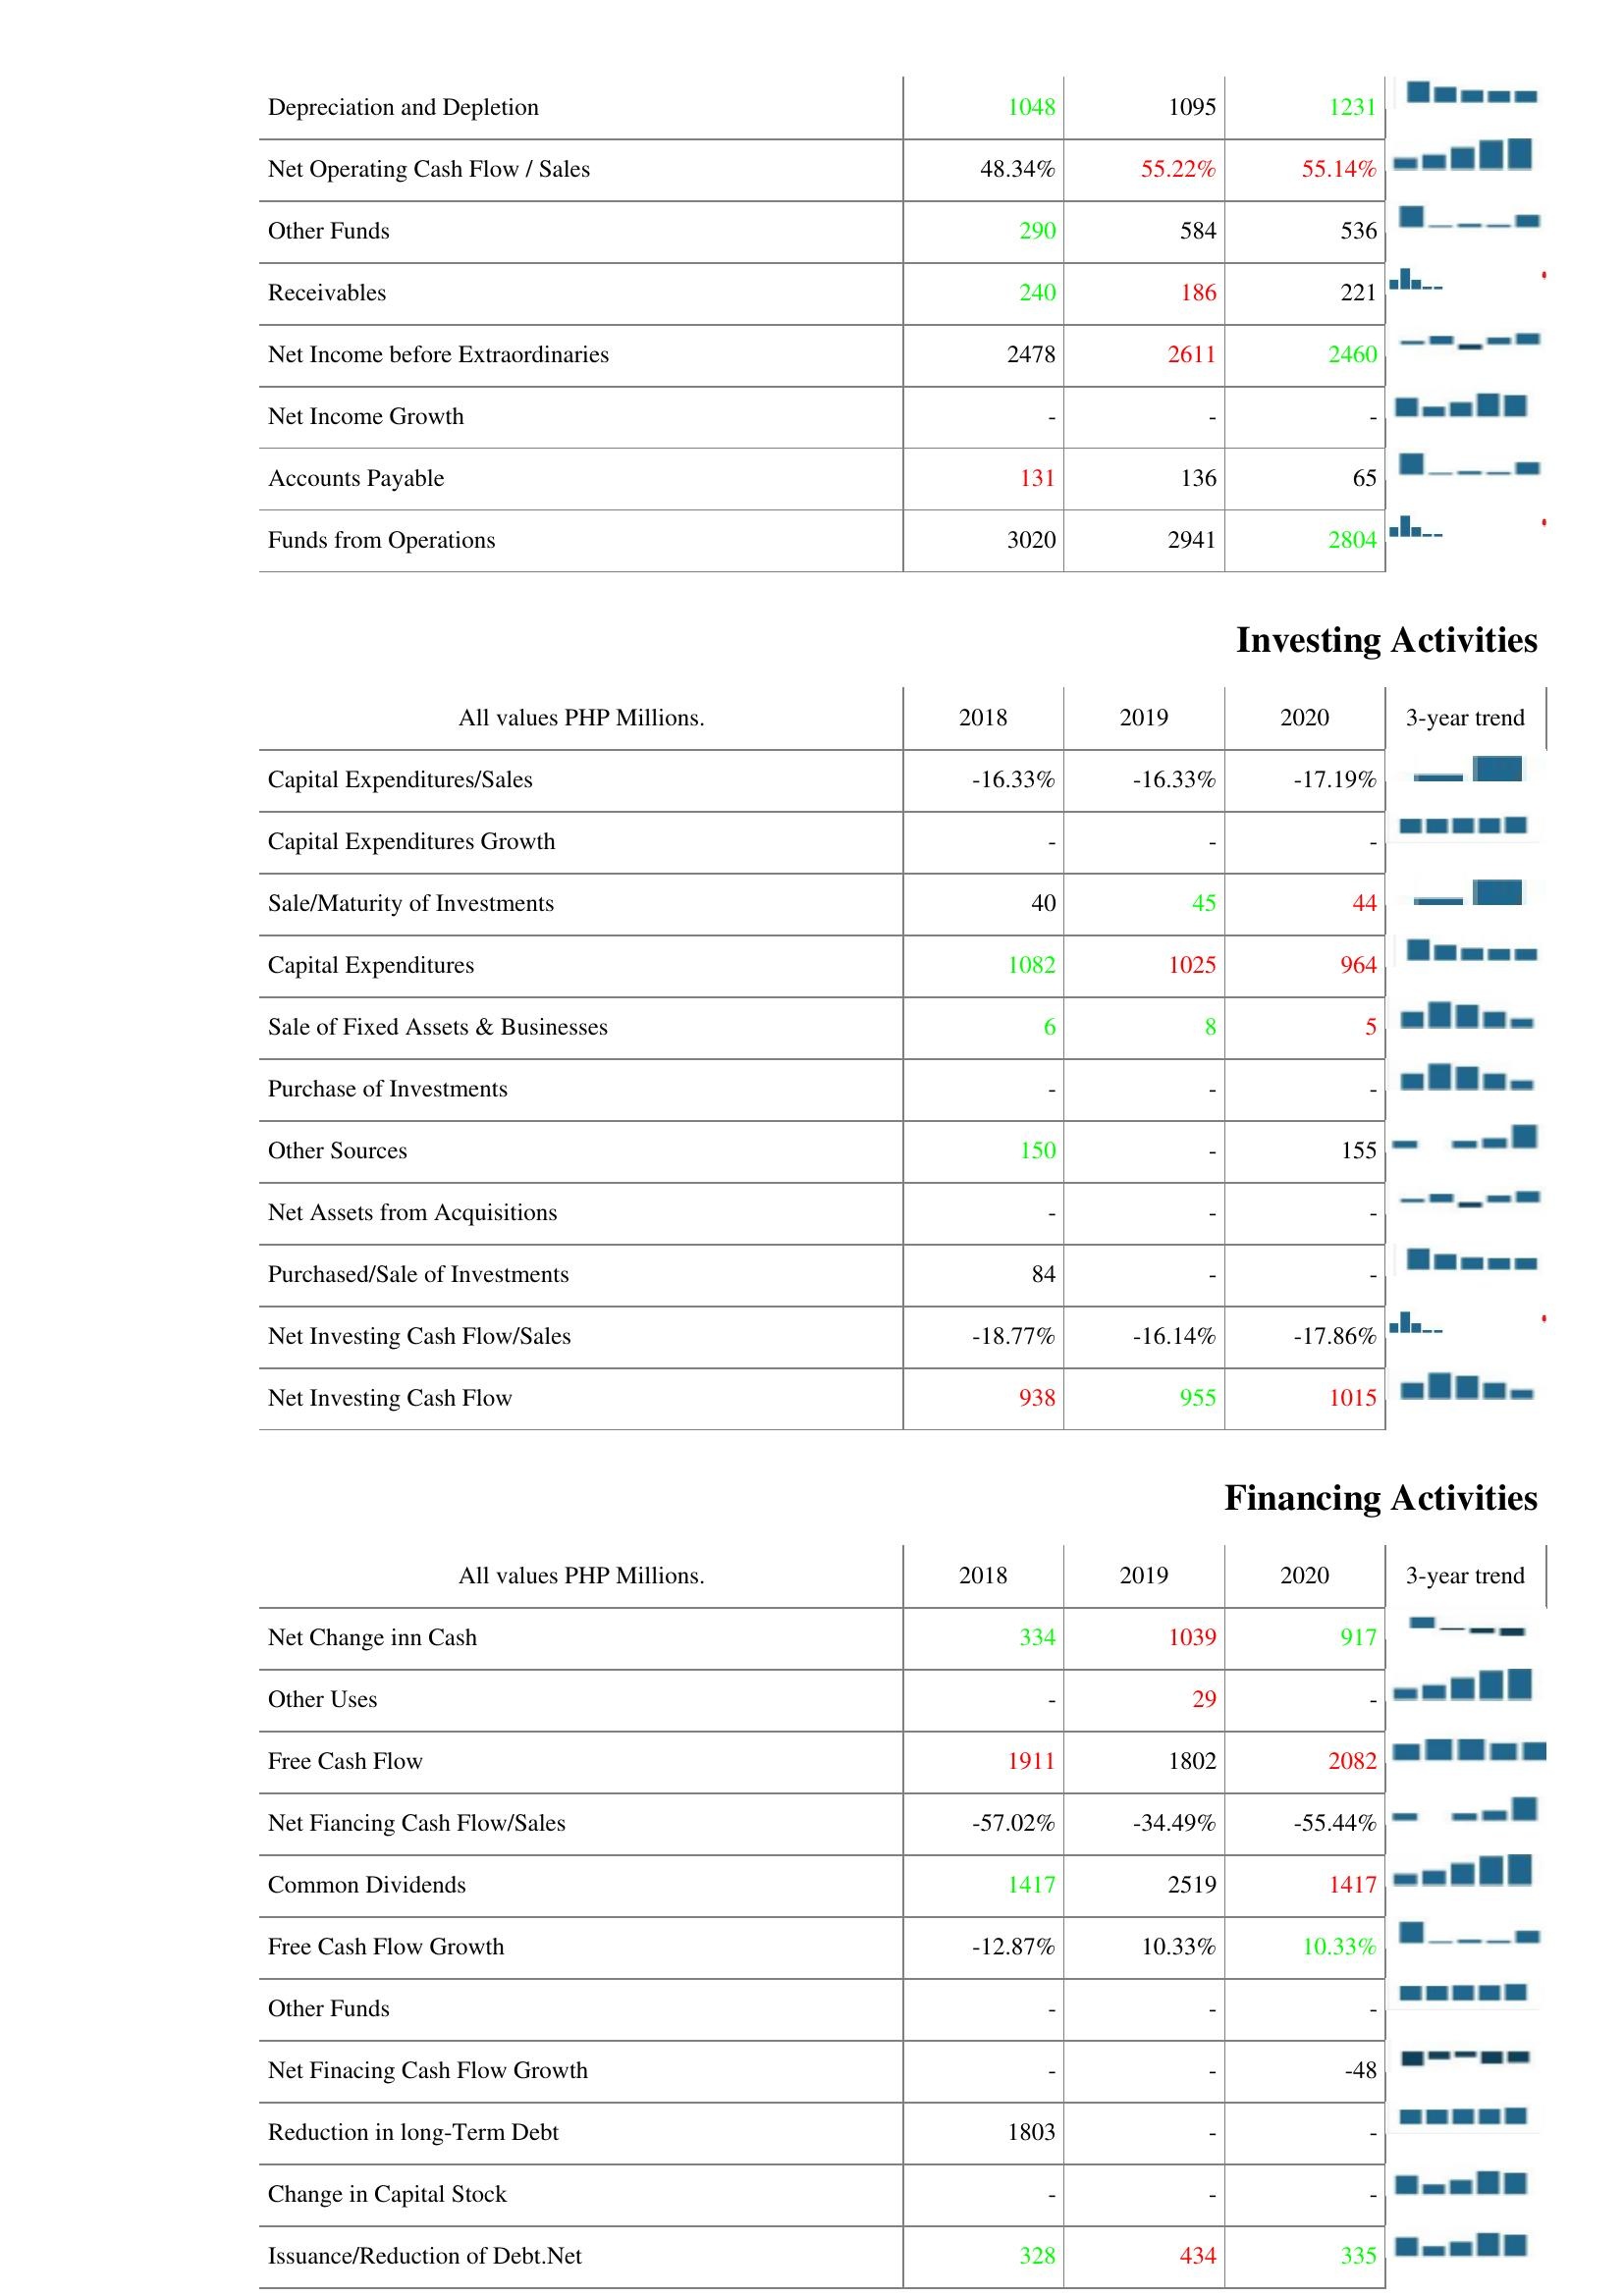
2018: Operating Activities: Depreciation and Depletion: 1048
Net Operating Cash Flow / Sales: 48.34%
Other Funds: 290
Receivables: 240
Net Income before Extraordinaries: 2478
Net Income Growth: -
Accounts Payable: 131
Funds from Operations: 3020
Investing Activities: Capital Expenditures/Sales: -16.33%
Capital Expenditures Growth: -
Sale/Maturity of Investments: 40
Capital Expenditures: 1082
Sale of Fixed Assets & Businesses: 6
Purchase of Investments: -
Other Sources: 150
Net Assets from Acquisitions: -
Purchased/Sale of Investments: 84
Net Investing Cash Flow/Sales: -18.77%
Net Investing Cash Flow: 938
Financing Activities: Net Change inn Cash: 334
Other Uses: -
Free Cash Flow: 1911
Net Fiancing Cash Flow/Sales: -57.02%
Common Dividends: 1417
Free Cash Flow Growth: -12.87%
Other Funds: -
Net Finacing Cash Flow Growth: -
Reduction in long-Term Debt: 1803
Change in Capital Stock: -
Issuance/Reduction of Debt.Net: 328
2019: Operating Activities: Depreciation and Depletion: 1095
Net Operating Cash Flow / Sales: 55.22%
Other Funds: 584
Receivables: 186
Net Income before Extraordinaries: 2611
Net Income Growth: -
Accounts Payable: 136
Funds from Operations: 2941
Investing Activities: Capital Expenditures/Sales: -16.33%
Capital Expenditures Growth: -
Sale/Maturity of Investments: 45
Capital Expenditures: 1025
Sale of Fixed Assets & Businesses: 8
Purchase of Investments: -
Other Sources: -
Net Assets from Acquisitions: -
Purchased/Sale of Investments: -
Net Investing Cash Flow/Sales: -16.14%
Net Investing Cash Flow: 955
Financing Activities: Net Change inn Cash: 1039
Other Uses: 29
Free Cash Flow: 1802
Net Fiancing Cash Flow/Sales: -34.49%
Common Dividends: 2519
Free Cash Flow Growth: 10.33%
Other Funds: -
Net Finacing Cash Flow Growth: -
Reduction in long-Term Debt: -
Change in Capital Stock: -
Issuance/Reduction of Debt.Net: 434
2020: Operating Activities: Depreciation and Depletion: 1231
Net Operating Cash Flow / Sales: 55.14%
Other Funds: 536
Receivables: 221
Net Income before Extraordinaries: 2460
Net Income Growth: -
Accounts Payable: 65
Funds from Operations: 2804
Investing Activities: Capital Expenditures/Sales: -17.19%
Capital Expenditures Growth: -
Sale/Maturity of Investments: 44
Capital Expenditures: 964
Sale of Fixed Assets & Businesses: 5
Purchase of Investments: -
Other Sources: 155
Net Assets from Acquisitions: -
Purchased/Sale of Investments: -
Net Investing Cash Flow/Sales: -17.86%
Net Investing Cash Flow: 1015
Financing Activities: Net Change inn Cash: 917
Other Uses: -
Free Cash Flow: 2082
Net Fiancing Cash Flow/Sales: -55.44%
Common Dividends: 1417
Free Cash Flow Growth: 10.33%
Other Funds: -
Net Finacing Cash Flow Growth: -48
Reduction in long-Term Debt: -
Change in Capital Stock: -
Issuance/Reduction of Debt.Net: 335